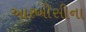
આરબીસીના